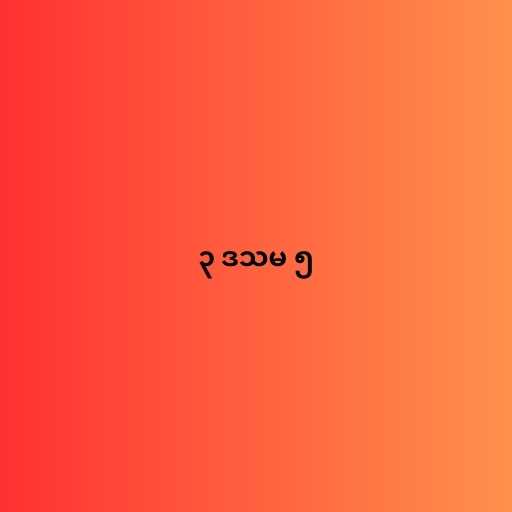
၃ ဒသမ ၅